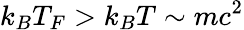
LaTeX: k_{B}T_{F}>k_{B}T\sim mc^{2}